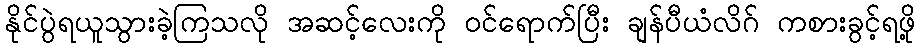
နိုင်ပွဲရယူသွားခဲ့ကြသလို အဆင့်လေးကို ဝင်ရောက်ပြီး ချန်ပီယံလိဂ် ကစားခွင့်ရဖို့